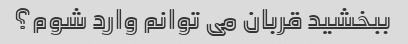
ببخشید قربان می توانم وارد شوم؟